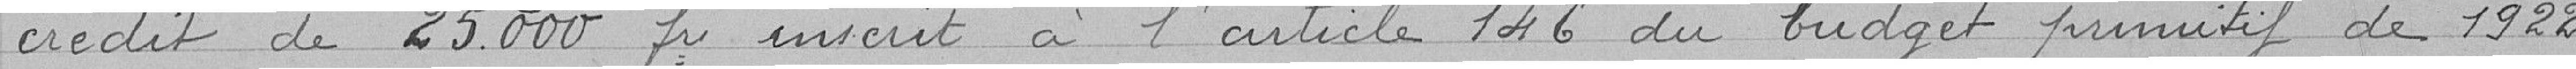
crédit de 25.000 frs inscrit à l'article 146 du budget primitif de 1922.